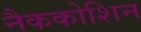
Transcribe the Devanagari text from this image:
नैककोशिन